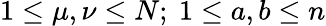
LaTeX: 1\leq\mu,\nu\leq N;\ 1\leq a,b\leq n